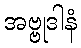
အဗ္ဗုဒါနံ